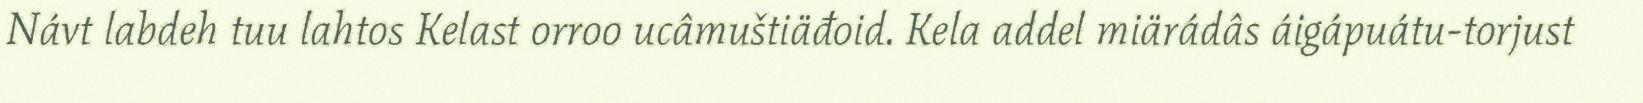
Návt labdeh tuu lahtos Kelast orroo ucâmuštiäđoid. Kela addel miärádâs áigápuátu-torjust